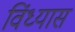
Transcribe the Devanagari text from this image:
विंध्यास